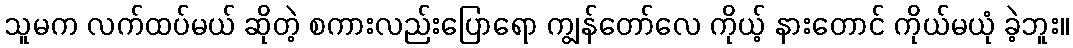
သူမက လက်ထပ်မယ် ဆိုတဲ့ စကားလည်းပြောရော ကျွန်တော်လေ ကိုယ့် နားတောင် ကိုယ်မယုံ ခဲ့ဘူး။